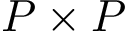
P \times P